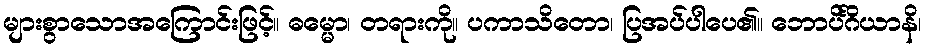
များစွာသောအကြောင်းဖြင့်။ ဓမ္မော၊ တရားကို။ ပကာသိတော၊ ပြအပ်ပါပေ၏။ ဘောပိင်္ဂိယာနိ၊